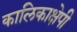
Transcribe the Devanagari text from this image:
कालिकाक्षेपी